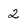
Character: 2